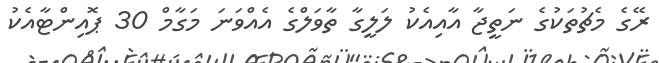
ރޭގެ މެޗުތަކުގެ ނަތީޖާ އާއިއެކު ލަލީގާ ތާވަލްގެ އެއްވަނަ މަގާމް 30 ޕޮއިންޓާއެކު